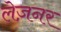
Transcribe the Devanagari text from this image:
लेज़नर